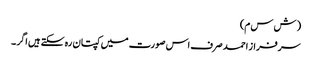
( ش س م)
سرفراز احمد صرف اس صورت میں کپتان رہ سکتے ہیں اگر ۔